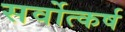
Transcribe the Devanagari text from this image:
सर्वोत्कर्ष